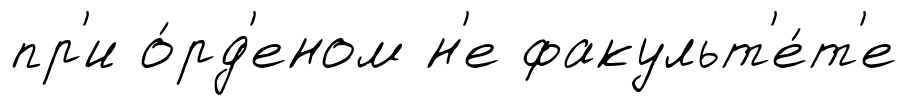
пр'и о́рд'еном н'е факульт'е́т'е